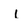
Character: l